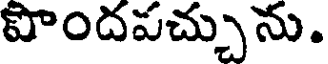
పొందపచ్చును.